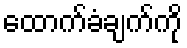
ထောက်ခံချက်ကို